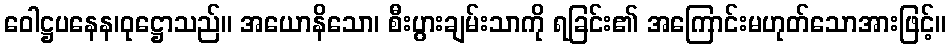
ဝေါဋ္ဌပနေန၊ဝုဋ္ဌောသည်။ အယောနိသော၊ စီးပွားချမ်းသာကို ရခြင်း၏ အကြောင်းမဟုတ်သောအားဖြင့်။